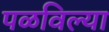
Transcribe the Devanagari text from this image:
पळविल्या